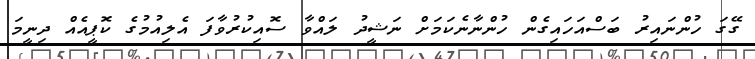
ގޭގަ ހުންނައިރު ބަސްއަހައިގެން ހުންނާނެކަމަށް ނަޝީދު ލައްވާ ސޮއިކުރުވާފަ އެލިއުމުގެ ކޮޕީއެއް ދިނީމަ